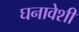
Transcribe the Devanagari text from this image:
घनावेशी